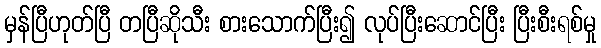
မှန်ပြီဟုတ်ပြီ တပြီဆိုသီး စားသောက်ပြီး၍ လုပ်ပြီးဆောင်ပြီး ပြီးစီးရစ်မှု